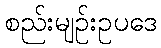
စည်းမျဉ်းဥပဒေ